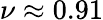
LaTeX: \nu\approx 0.91